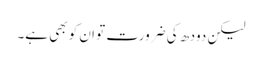
لیکن دودھ کی ضرورت تو ان کو بھی ہے۔